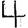
Digit: 4